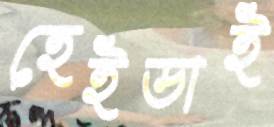
হেইডাই